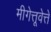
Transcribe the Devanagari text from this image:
मीगेत्तूवेत्ते